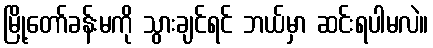
မြို့တော်ခန်းမကို သွားချင်ရင် ဘယ်မှာ ဆင်းရပါမလဲ။